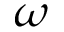
\omega